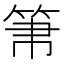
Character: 𥬬